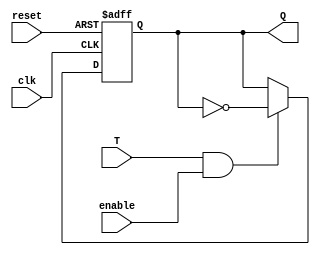
module T_FF(
    input T,
    input clk,
    input reset,
    input enable,
    output reg Q
    );
    always @ (posedge clk or posedge reset) begin
     if(reset==1'b1)begin
        Q = 1'b0; 
     end
     else begin
        if (T == 1'b1 & enable == 1'b1) begin
            Q = ~Q;
        end
        else begin
            Q = Q;
        end 
     end
    end 
endmodule